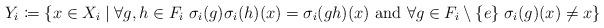
LaTeX: \begin{align*}Y_i \coloneqq \lbrace x \in X_i \mid \forall g,h \in F_i\; \sigma_i(g)\sigma_i(h)(x)=\sigma_i(gh)(x) \mbox{ and } \forall g\in F_i\setminus \lbrace e \rbrace\;\sigma_i(g)(x) \not = x \rbrace\end{align*}